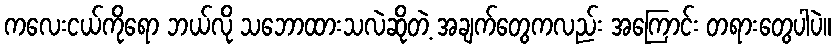
ကလေးငယ်ကိုရော ဘယ်လို သဘောထားသလဲဆိုတဲ့ အချက်တွေကလည်း အကြောင်း တရားတွေပါပဲ။